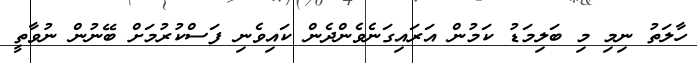
ހާލަތު ނިމި މި ބަލިމަޑު ކަމުން އަރައިގަނެވެންދެން ކައިވެނި ފަސްކުރުމަށް ބޭނުން ނުވާތީ